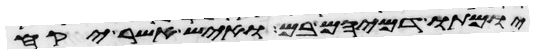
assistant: יומתו דמיהם בם ואיש אשר יקח